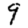
Digit: 9